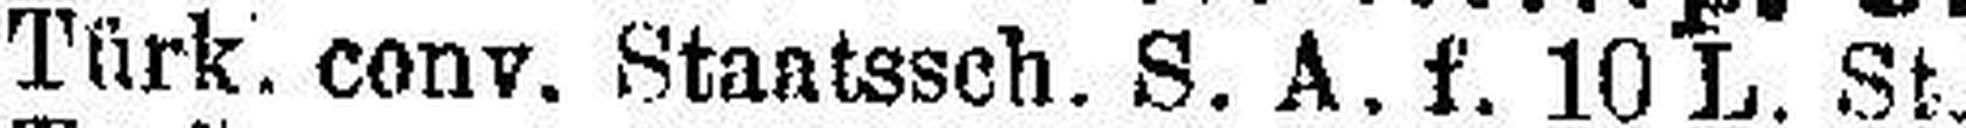
Türk. conv. Staatssch. S. A. f. 10 L. St.